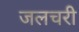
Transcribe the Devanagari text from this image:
जलचरी